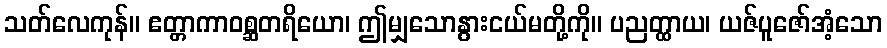
သတ်လေကုန်။ ဧတ္တာကာဝစ္ဆတရိယော၊ ဤမျှသောနွားငယ်မတို့ကို။ ပညတ္ထာယ၊ ယဇ်ပူဇော်အံ့သော